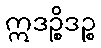
ဣဒဉ္စိဒဉ္စ